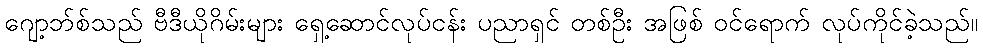
ဂျော့ဘ်စ်သည် ဗီဒီယိုဂိမ်းများ ရှေ့ဆောင်လုပ်ငန်း ပညာရှင် တစ်ဦး အဖြစ် ဝင်ရောက် လုပ်ကိုင်ခဲ့သည်။